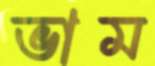
ভাম